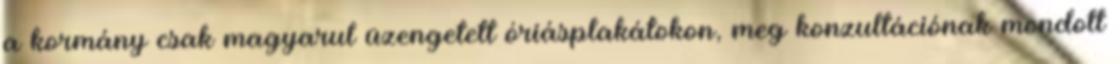
a kormány csak magyarul üzengetett óriásplakátokon, meg konzultációnak mondott